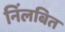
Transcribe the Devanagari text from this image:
निंलबित